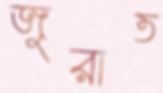
জুরাত